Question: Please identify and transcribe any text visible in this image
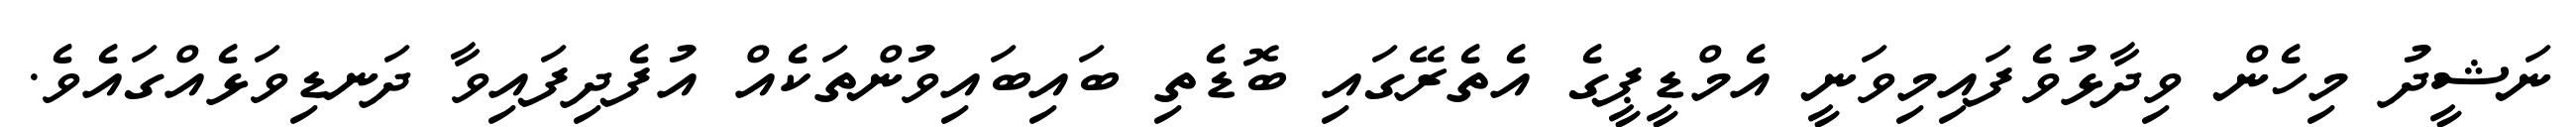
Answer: ނަޝީދު މިހެން ވިދާޅުވެފައިމިވަނީ އެމްޑީޕީގެ އެތެރޭގައި ބޮޑެތި ބައިބައިވުންތަކެއް އުފެދިފައިވާ ދަނޑިވަޅެއްގައެވެ.